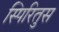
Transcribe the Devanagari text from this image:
स्पिरितुस